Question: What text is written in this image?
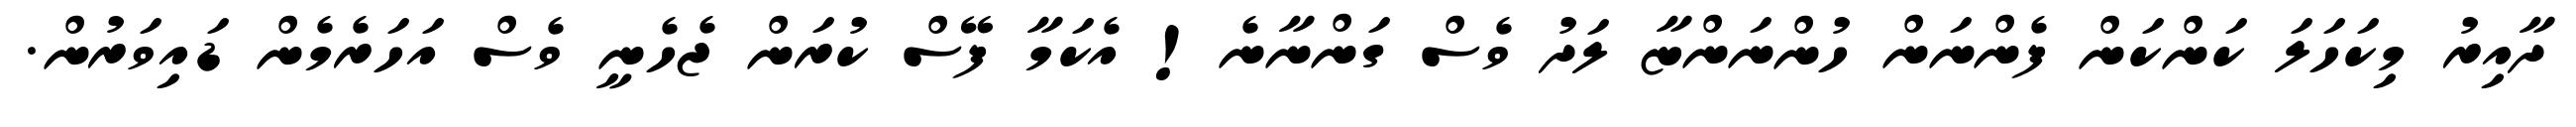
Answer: ދާއިރު މިކަހަލަ ކަންކަން ފެންނަން ހުންނަންޏާ ލަދު ވެސް ގަންނާނެ! އެކަމާ ފޭސް ކުރަން ޖެހެނީ ވެސް އަހަރެމެން ޑައިވަރުން.